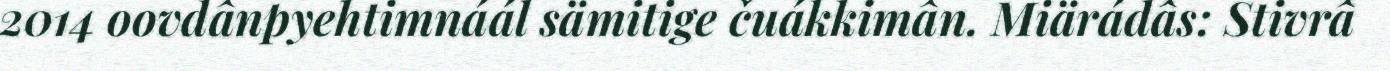
2014 oovdânpyehtimnáál sämitige čuákkimân. Miärádâs: Stivrâ